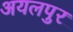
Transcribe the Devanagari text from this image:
अयलपुर